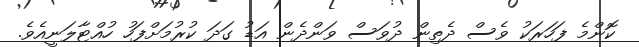
ކޮންމެ ފަހަރަކު ވެސް ދެތިން ދުވަސް ވަންދެން އަޑު ގަދަ ކުރުމަށްފަހު ހުއްޓާލަނީއެވެ.